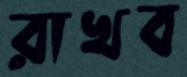
রাখব